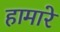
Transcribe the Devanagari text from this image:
हामारे